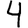
Digit: 4